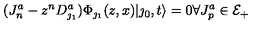
( J _ { n } ^ { a } - z ^ { n } D _ { \jmath _ { 1 } } ^ { a } ) \Phi _ { \jmath _ { 1 } } ( z , x ) | \jmath _ { 0 } , t \rangle = 0 \forall J _ { p } ^ { a } \in { \cal E } _ { + }